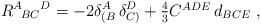
\begin{align*}R^A{}_{\!BC}{}^D = - 2\delta_{(B}^A\,\delta_{C)}^D +\textstyle{\frac{4}{3}} C^{ADE} \,d_{BCE} \ ,\end{align*}